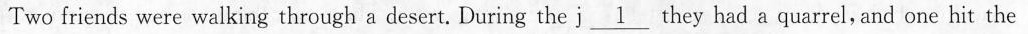
Two friends were walking through a desert. During the j \underline{1} they _had a quarrel, and one hit the